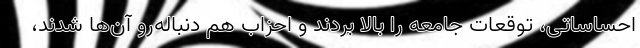
احساساتی، توقعات جامعه را بالا بردند و احزاب هم دنباله‌رو آن‌ها شدند،